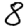
Digit: 8